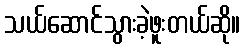
သယ်ဆောင်သွားခဲ့ဖူးတယ်ဆို။